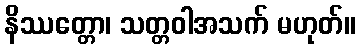
နိဿတ္တော၊ သတ္တဝါအသက် မဟုတ်။